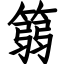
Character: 篛